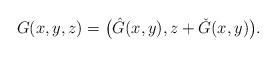
LaTeX: \begin{align*}G(x,y,z)=\big(\hat{G}(x,y), z+\check{G}(x,y)\big).\end{align*}